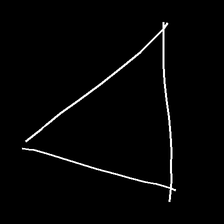
Glyph: convergence